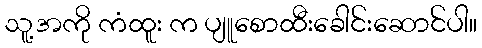
သူ့အကို ကံထူး က ပျူစောထီးခေါင်းဆောင်ပါ။